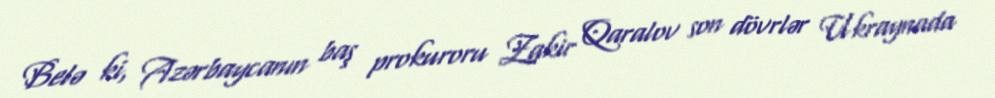
Belə ki, Azərbaycanın baş prokuroru Zakir Qaralov son dövrlər Ukraynada